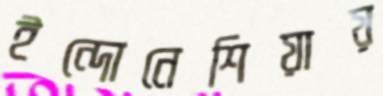
ইন্দোনেশিয়ায়